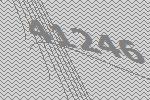
41246